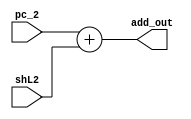
`timescale 1ns / 1ps

module adder(pc_2, shL2, add_out);
input [15:0] pc_2;
input [15:0] shL2;
output [15:0] add_out;

assign add_out = pc_2 + shL2;

endmodule